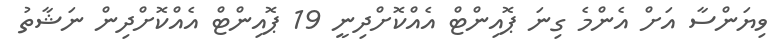
ވިޔަންސާ އަށް އެންމެ ގިނަ ޕޮއިންޓް އެއްކޮށްދިނީ 19 ޕޮއިންޓް އެއްކޮށްދިން ނަޝާތު